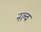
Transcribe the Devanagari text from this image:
नल्व